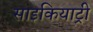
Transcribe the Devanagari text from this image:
साइकियाट्री